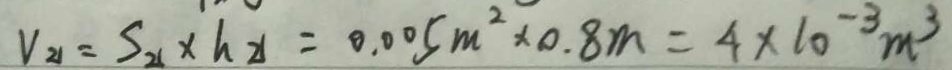
V _ { 2 1 } = S _ { 2 1 } \times h _ { 2 1 } = 0 . 0 0 5 m ^ { 2 } \times 0 . 8 m = 4 \times 1 0 ^ { - 3 } m ^ { 3 }